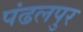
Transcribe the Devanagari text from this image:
पंढलपुर